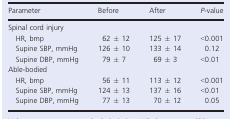
<table><thead><tr><td><b>Parameter</b></td><td><b>Before</b></td><td><b>After</b></td><td><b><i>P</i>-value</b></td></tr></thead><tbody><tr><td colspan="4">Spinal cord injury</td></tr><tr><td> HR, bmp</td><td>62 ± 12</td><td>125 ± 17</td><td>&lt;0.001</td></tr><tr><td> Supine SBP, mmHg</td><td>126 ± 10</td><td>133 ± 14</td><td>0.12</td></tr><tr><td> Supine DBP, mmHg</td><td>79 ± 7</td><td>69 ± 3</td><td>&lt;0.01</td></tr><tr><td colspan="4">Able-bodied</td></tr><tr><td> HR, bmp</td><td>56 ± 11</td><td>113 ± 12</td><td>&lt;0.001</td></tr><tr><td> Supine SBP, mmHg</td><td>124 ± 13</td><td>137 ± 16</td><td>&lt;0.01</td></tr><tr><td> Supine DBP, mmHg</td><td>77 ± 13</td><td>70 ± 12</td><td>0.05</td></tr></tbody></table>